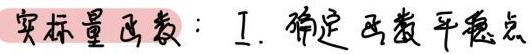
实标量函数：I. 确定函数平稳点